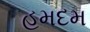
હમદમ